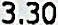
3.30